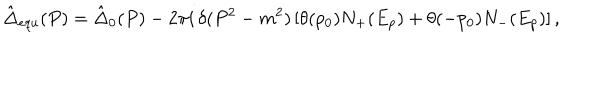
\hat { \Delta } _ { e q u } ( P ) = \hat { \Delta } _ { 0 } ( P ) - 2 \pi i \, \delta ( P ^ { 2 } - m ^ { 2 } ) \left[ \theta ( p _ { 0 } ) N _ { + } ( E _ { p } ) + \theta ( - p _ { 0 } ) N _ { - } ( E _ { p } ) \right] ,